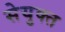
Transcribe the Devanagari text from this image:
सेयुक्त